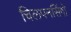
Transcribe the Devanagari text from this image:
चिलपनसिंगो